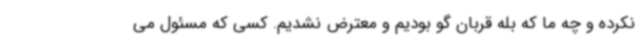
نکرده و چه ما که بله قربان گو بودیم و معترض نشدیم. کسی که مسئول می